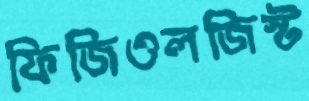
ফিজিওলজিস্ট